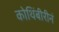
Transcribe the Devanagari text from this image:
कोथिंबीरीनं